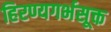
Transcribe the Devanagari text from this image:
हिरण्यगर्भसूक्त